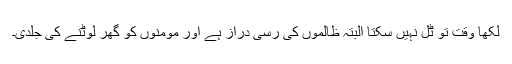
لکھا وقت تو ٹل نہیں سکتا البتہ ظالموں کی رسی دراز ہے اور مومنوں کو گھر لوٹنے کی جلدی۔